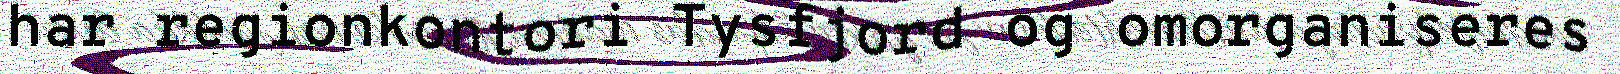
har regionkontori Tysfjord og omorganiseres